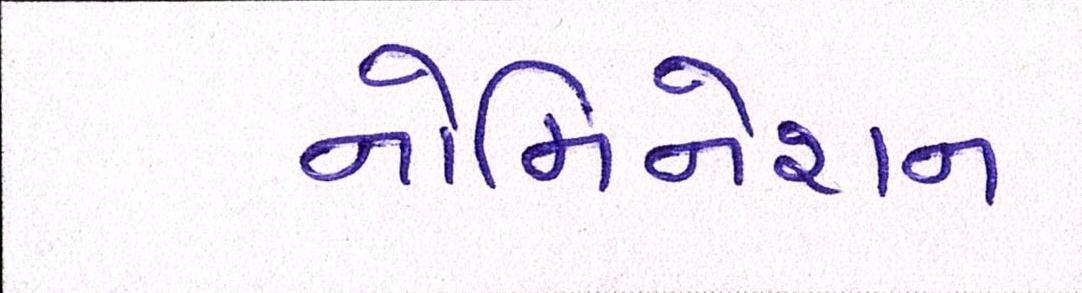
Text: નોમિનેશન